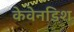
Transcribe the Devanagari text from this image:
केवेनडिश